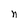
Character: n